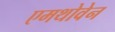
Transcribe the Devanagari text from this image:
एमथोवेन